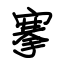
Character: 搴